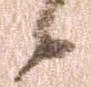
候